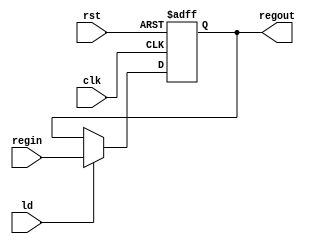
`timescale 1ns/1ns
module register25b(clk, rst, ld, regin, regout);
  
  parameter N = 25;
  input clk;
  input rst;
  input ld;
  input [N - 1:0] regin;
  output reg [N - 1:0] regout;
  
	always @ (posedge clk, posedge rst) begin
		if (rst)
			regout <= 0;
		else	begin
			if (ld)
				regout <= regin;
		end
	end
endmodule